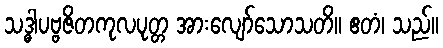
သဒ္ဓါပဗ္ဗဇိတကုလပုတ္တ အားလျော်သောသတိ။ ဧတံ၊ သည်။